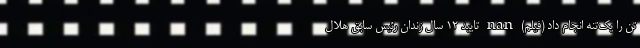
تن را یک‌تنه انجام داد (فیلم) nan تایید 12 سال زندان رئیس سابق هلال